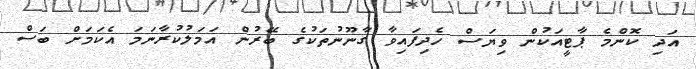
އަދި ކޮންމެ ޕާޓީއަކުން ވިޔަސް ހެދިފައިވާ ގާނޫނުތަކުގެ ބޭރުން އަމަލުކުރާނަމަ އެކަމަށް ބަސް